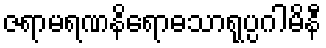
ဇရာမရဏနိရောဓသာရုပ္ပဂါမိနီ